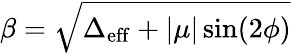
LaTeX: \beta=\sqrt{\Delta_{\mathrm{eff}}+|\mu|\sin(2\phi)}